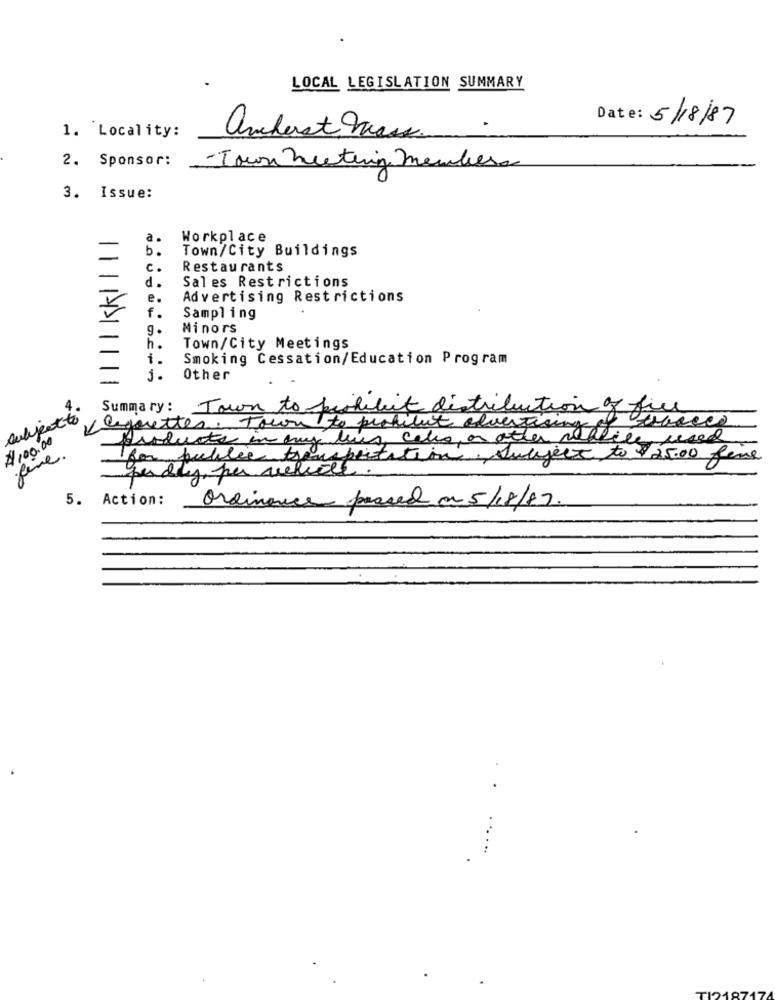
LOCAL LEGISLATION SUMMARY
Date: 5/18/87
1. Locality:
anderst Mas ..
2. Sponsor:
-Town Meeting members
3. Issue:
a.
Workplace
b.
Town/City Buildings
c.
Restaurants
-
Sales Restrictions
d.
e.
Advertising Restrictions
f .
Sampling
g.
Minors
-
-
h.
Town/City Meetings
i.
Smoking Cessation/Education Program
-
j. Other
Summary: Town to prohibit distribuction of fill
subject to
legoretter. Town to profilut advertising
$100.00
leus, calls, or other realice used
fine.
products in any le
for public tre
uspeitation
subject to $25.00 fine
perday, per vehicle.
5.
Action:
Ordinance passed a 5/18/17